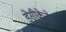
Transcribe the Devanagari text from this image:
डेसीकेटेड